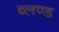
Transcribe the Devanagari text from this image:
ब्लण्ड